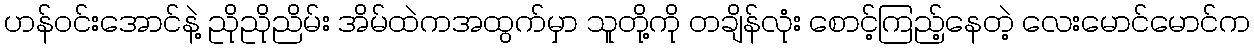
ဟန်ဝင်းအောင်နဲ့ ညိုညိုညိမ်း အိမ်ထဲကအထွက်မှာ သူတို့ကို တချိန်လုံး စောင့်ကြည့်နေတဲ့ လေးမောင်မောင်က